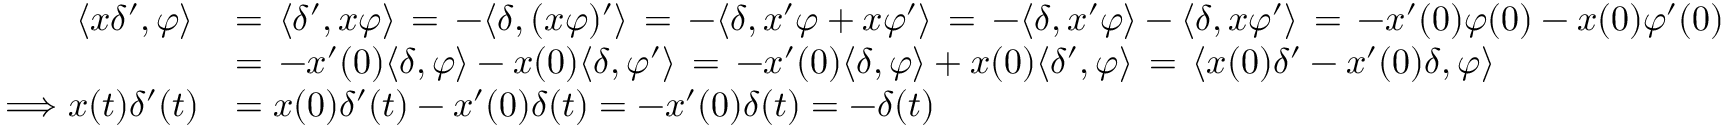
{ \begin{array} { r l } { \langle x \delta ^ { \prime } , \varphi \rangle \, } & { = \, \langle \delta ^ { \prime } , x \varphi \rangle \, = \, - \langle \delta , ( x \varphi ) ^ { \prime } \rangle \, = \, - \langle \delta , x ^ { \prime } \varphi + x \varphi ^ { \prime } \rangle \, = \, - \langle \delta , x ^ { \prime } \varphi \rangle - \langle \delta , x \varphi ^ { \prime } \rangle \, = \, - x ^ { \prime } ( 0 ) \varphi ( 0 ) - x ( 0 ) \varphi ^ { \prime } ( 0 ) } \\ & { = \, - x ^ { \prime } ( 0 ) \langle \delta , \varphi \rangle - x ( 0 ) \langle \delta , \varphi ^ { \prime } \rangle \, = \, - x ^ { \prime } ( 0 ) \langle \delta , \varphi \rangle + x ( 0 ) \langle \delta ^ { \prime } , \varphi \rangle \, = \, \langle x ( 0 ) \delta ^ { \prime } - x ^ { \prime } ( 0 ) \delta , \varphi \rangle } \\ { \Longrightarrow x ( t ) \delta ^ { \prime } ( t ) } & { = x ( 0 ) \delta ^ { \prime } ( t ) - x ^ { \prime } ( 0 ) \delta ( t ) = - x ^ { \prime } ( 0 ) \delta ( t ) = - \delta ( t ) } \end{array} }